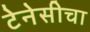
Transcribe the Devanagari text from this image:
टेनेसीचा